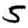
Digit: 5